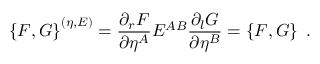
\left\{ F , G \right\} ^ { ( \eta , E ) } = \frac { \partial _ { r } F } { \partial \eta ^ { A } } E ^ { A B } \frac { \partial _ { l } G } { \partial \eta ^ { B } } = \left\{ F , G \right\} \; .